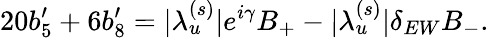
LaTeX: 20b_{5}^{\prime}+6b_{8}^{\prime}=|\lambda_{u}^{(s)}|e^{i\gamma}B_{+}-|\lambda_{u}^{(s)}|\delta_{EW}B_{-}.